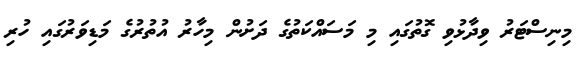
މިނިސްޓަރު ވިދާޅުވި ގޮތުގައި މި މަސައްކަތުގެ ދަށުން މިހާރު އުތުރުގެ މަޑިވަރުގައި ހުރި